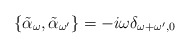
\begin{align*}\{\tilde{\alpha}_\omega , \tilde{\alpha}_{\omega^\prime}\} = - i \omega \delta_{\omega+\omega^\prime,0}\end{align*}